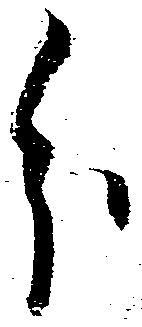
分